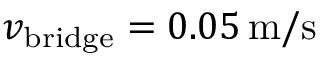
v _ { \mathrm { b r i d g e } } = 0 . 0 5 \, \mathrm { m } / \mathrm { s }